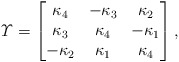
\begin{align*} \varUpsilon = \begin{bmatrix} \kappa_4 & -\kappa_3 & \kappa_2 \\ \kappa_3 & \kappa_4 & -\kappa_1 \\ -\kappa_2 & \kappa_1 & \kappa_4 \end{bmatrix}, \end{align*}